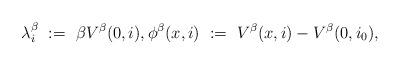
LaTeX: \begin{align*}\lambda_i^\beta \ := \ \beta V^\beta(0,i), \phi^\beta(x,i) \ := \ V^\beta(x,i) - V^\beta(0,i_0),\end{align*}